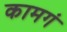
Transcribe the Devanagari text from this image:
कामगं